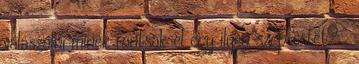
válaszolni minek rontsak el egy ilyen szép estét? ,